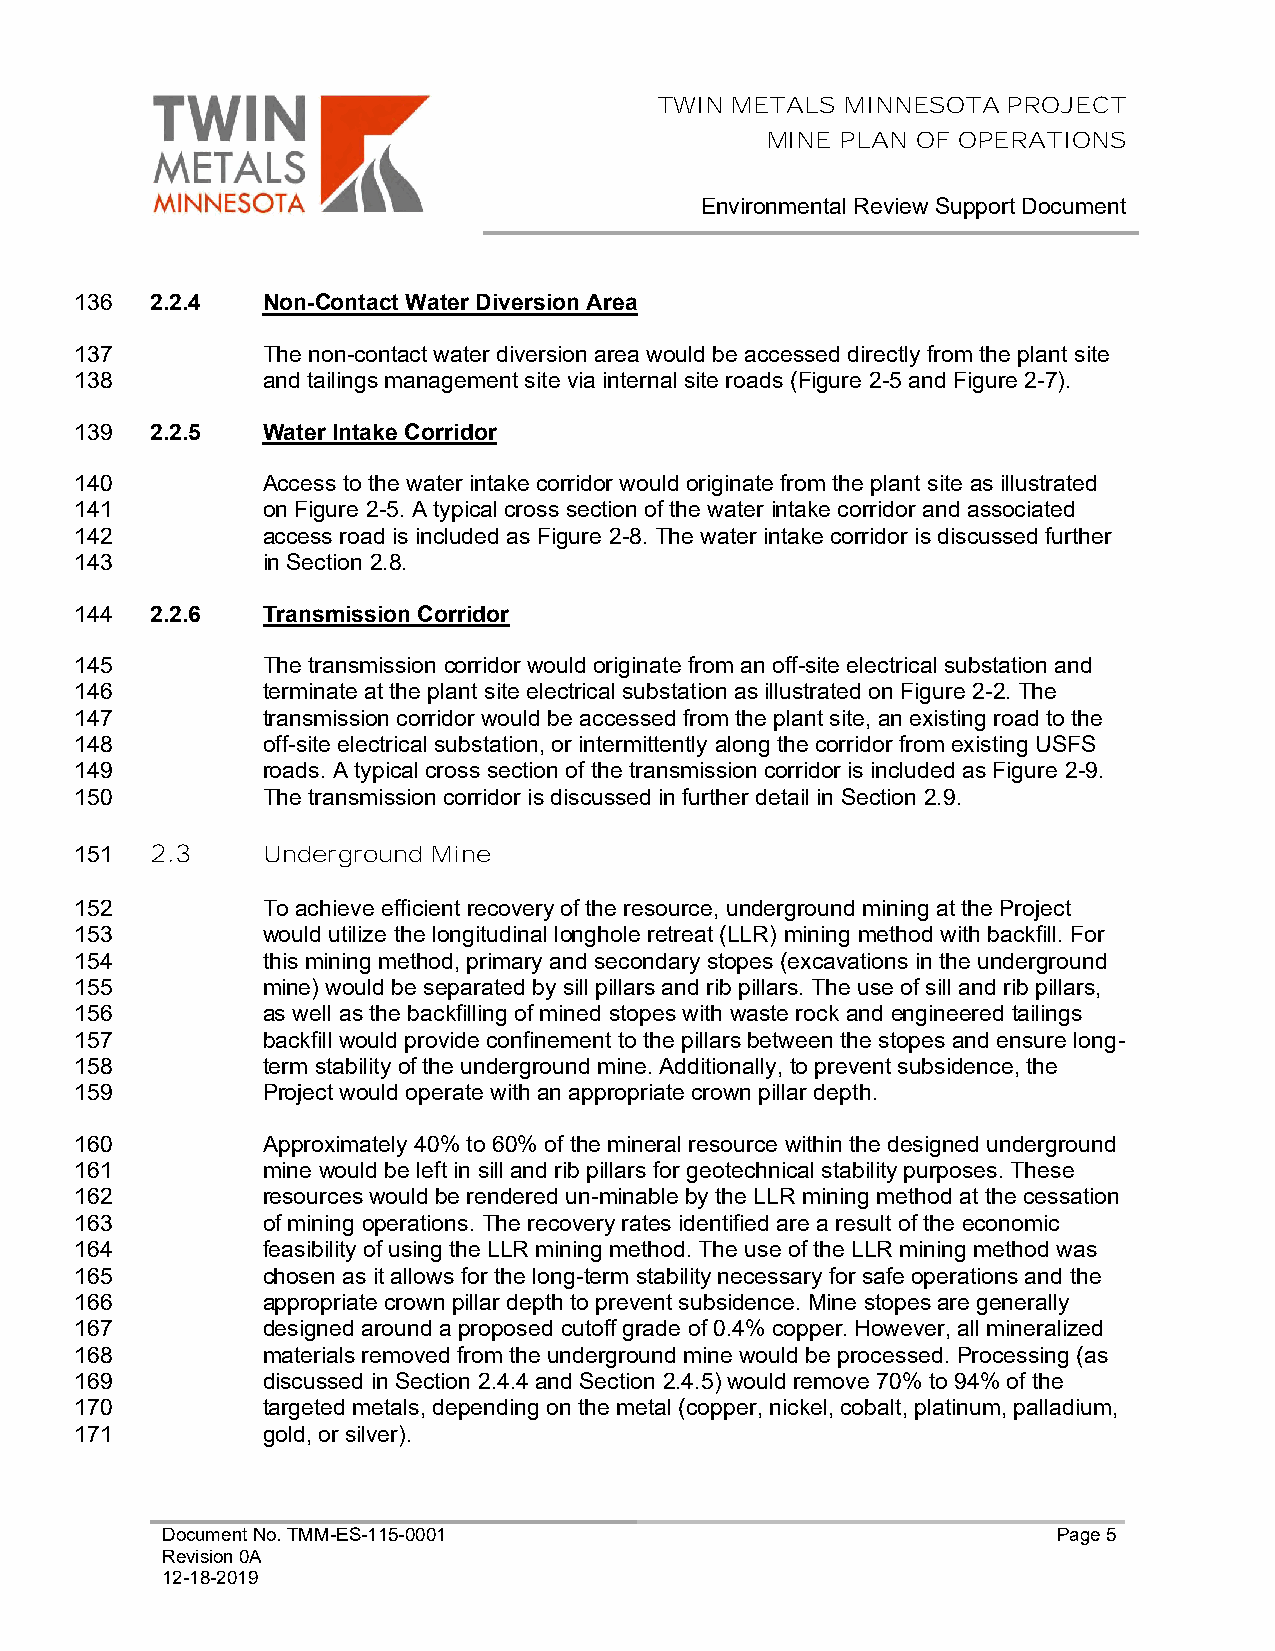
TWIN METALS MINNESOTA  PROJECT
 MINE PLAN OF OPERATIONS
 Environmental Review Support Document
 136  2.2.4  Non-Contact Water Diversion Area
 137         The non-contact water diversion area would be accessed directly from the plant site
 138         and tailings management site via internal site roads (Figure 2-5 and Figure 2-7).
 139  2.2.5  Water Intake Corridor
 140         Access to the water intake corridor would originate from the plant site as illustrated
 141         on Figure 2-5. A typical cross section of the water intake corridor and associated
 142         access road is included as Figure 2-8. The water intake corridor is discussed further
 143         in Section 2.8.
 144  2.2.6  Transmission Corridor
 145         The transmission corridor would originate from an off-site electrical substation and
 146         terminate at the plant site electrical substation as illustrated on Figure 2-2. The
 147         transmission corridor would be accessed from the plant site, an existing road to the
 148         off-site electrical substation, or intermittently along the corridor from existing USFS
 149         roads. A typical cross section of the transmission corridor is included as Figure 2-9.
 150         The transmission corridor is discussed in further detail in Section 2.9.
 151  2.3    Underground Mine
 152         To achieve efficient recovery of the resource, underground mining at the Project
 153         would utilize the longitudinal longhole retreat (LLR) mining method with backfill. For
 154         this mining method, primary and secondary stopes (excavations in the underground
 155         mine) would be separated by sill pillars and rib pillars. The use of sill and rib pillars,
 156         as well as the backfilling of mined stopes with waste rock and engineered tailings
 157         backfill would provide confinement to the pillars between the stopes and ensure long-
 158         term stability of the underground mine. Additionally, to prevent subsidence, the
 159         Project would operate with an appropriate crown pillar depth.
 160         Approximately 40% to 60% of the mineral resource within the designed underground
 161         mine would be left in sill and rib pillars for geotechnical stability purposes. These
 162         resources would be rendered un-minable by the LLR mining method at the cessation
 163         of mining operations. The recovery rates identified are a result of the economic
 164         feasibility of using the LLR mining method. The use of the LLR mining method was
 165         chosen as it allows for the long-term stability necessary for safe operations and the
 166         appropriate crown pillar depth to prevent subsidence. Mine stopes are generally
 167         designed around a proposed cutoff grade of 0.4% copper. However, all mineralized
 168         materials removed from the underground mine would be processed. Processing (as
 169         discussed in Section 2.4.4 and Section 2.4.5) would remove 70% to 94% of the
 170         targeted metals, depending on the metal (copper, nickel, cobalt, platinum, palladium,
 171         gold, or silver).
 Document No. TMM-ES-115-0001                               Page 5
 Revision 0A
 12-18-2019